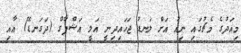
މިއަދުގެ މެޗުގައި ނިއު އަށް ލަނޑު ޖަހައިދިނީ އަލީ އަޝްފާގް (ދަގަނޑޭ) އާއި